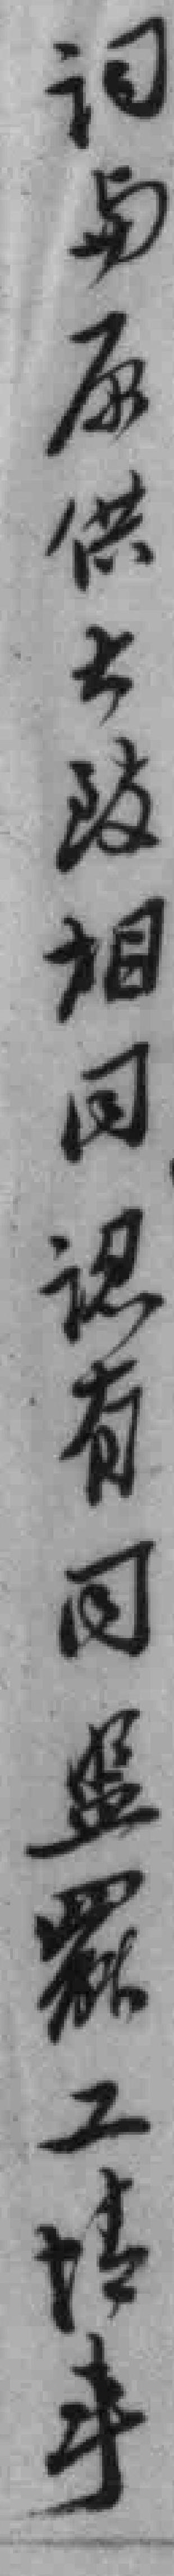
词与原供大致相同認有同盟罷工情事